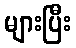
များပြီး